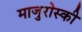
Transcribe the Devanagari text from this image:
माजुरोस्की